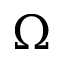
\Omega